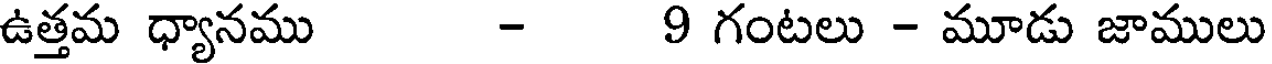
ఉత్తమ ధ్యానము - 9 గంటలు - మూడు జాములు